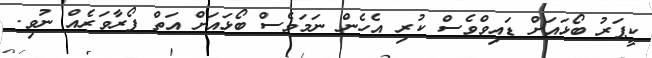
ކީޕަރު ބޯޅައަށް ޑައިވްވެސް ކުރި އެހެން ނަމަވެސް ބޯޅައަށް އަތް ފޯރާވަރެއް ނުވި.